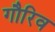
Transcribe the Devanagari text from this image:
गौरिव